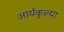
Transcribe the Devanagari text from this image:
आर्यकुल्या